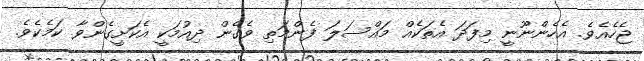
ޖެހެއެވެ. އެހެންނޫނީ މިފަދަ އެތަކެއް މައްސަލަ ފެންމަތި ވެގެން ދިއުމަކީ އެކަށީގެންވާ ކަމެކެވެ.